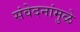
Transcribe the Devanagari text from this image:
संवेदनांमुळे